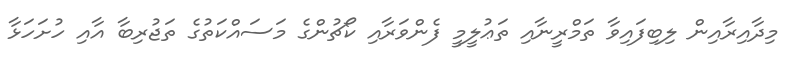
މިދާއިރާއިން ލިބިފައިވާ ތަމްރީނާއި ތަޢުލީމީ ފެންވަރާއި ކޯޗުންގެ މަސައްކަތުގެ ތަޖުރިބާ އާއި ހުށަހަޅާ